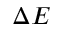
\Delta E